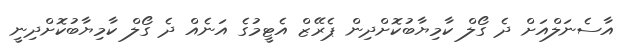
އާސެނަލްއަށް ދެ ގޯލް ކާމިޔާބުކޮށްދިން ޕެރޭޒް އެޓީމުގެ އަނެއް ދެ ގޯލް ކާމިޔާބުކޮށްދިނީ